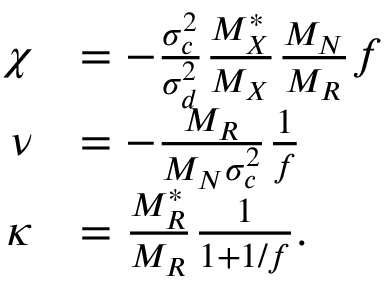
\begin{array} { r l } { \chi } & { = - \frac { \sigma _ { c } ^ { 2 } } { \sigma _ { d } ^ { 2 } } \frac { M _ { X } ^ { * } } { M _ { X } } \frac { M _ { N } } { M _ { R } } f } \\ { \nu } & { = - \frac { M _ { R } } { M _ { N } \sigma _ { c } ^ { 2 } } \frac { 1 } { f } } \\ { \kappa } & { = \frac { M _ { R } ^ { * } } { M _ { R } } \frac { 1 } { 1 + 1 / f } . } \end{array}